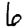
Digit: 6